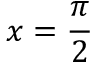
x = { \frac { \pi } { 2 } }